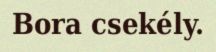
Bora csekély.